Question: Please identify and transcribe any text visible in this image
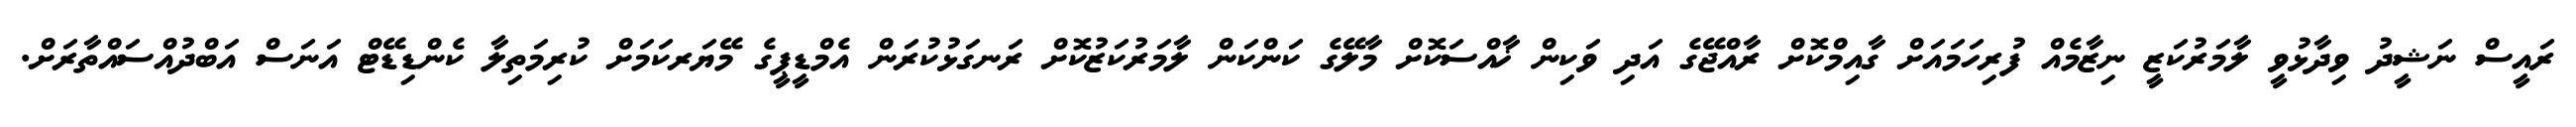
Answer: ރައީސް ނަޝީދު ވިދާޅުވީ ލާމަރުކަޒީ ނިޒާމެއް ފުރިހަމައަށް ގާއިމްކޮށް ރާއްޖޭގެ އަދި ވަކިން ޚާއްސަކޮށް މާލޭގެ ކަންކަން ލާމަރުކަޒުކޮށް ރަނގަޅުކުރަން އެމްޑީޕީގެ މޭޔަރކަމަށް ކުރިމަތިލާ ކެންޑިޑޭޓް އަނަސް އަބްދުއްސައްތާރަށް.